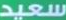
سعيد